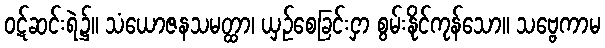
ဝဋ်ဆင်းရဲ၌။ သံယောဇနသမတ္ထာ၊ ယှဉ်စေခြင်းငှာ စွမ်းနိုင်ကုန်သော။ သဗ္ဗေကာမ